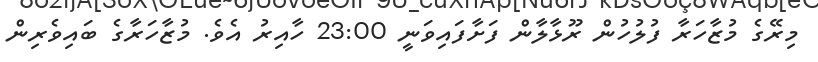
މިރޭގެ މުޒާހަރާ ފުލުހުން ރޫޅާލާން ފަށާފައިވަނީ 23:00 ހާއިރު އެވެ. މުޒާހަރާގެ ބައިވެރިން